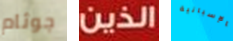
جوثام الذين بالإسبانية